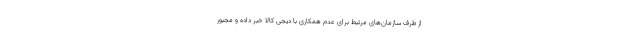
از طرف سازمان‌های مرتبط برای عدم همکاری با دیجی کالا خبر داده و مجبور